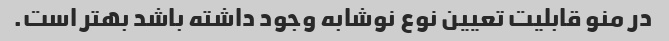
در منو قابلیت تعیین نوع نوشابه وجود داشته باشد بهتر است.